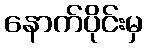
နောက်ပိုင်းမှ